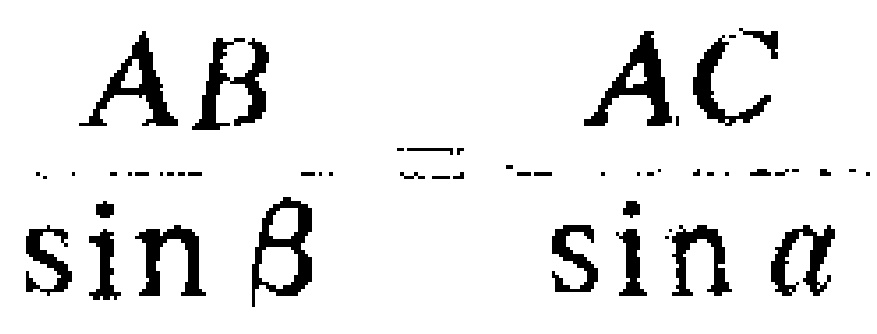
\(\frac{AB}{\sin\beta}=\frac{AC}{\sin\alpha}\)